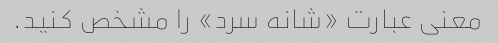
معنی عبارت «شانه سرد» را مشخص کنید.